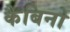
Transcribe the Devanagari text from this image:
कैबिनो